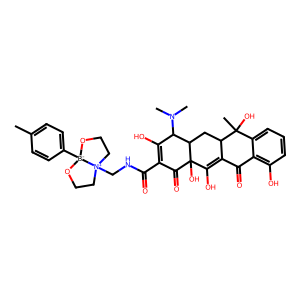
SMILES: Cc1ccc([B-]23OCC[N+]2(CNC(=O)C2=C(O)C(N(C)C)C4CC5C(=C(O)C4(O)C2=O)C(=O)c2c(O)cccc2C5(C)O)CCO3)cc1
Inhibits HIV replication: No